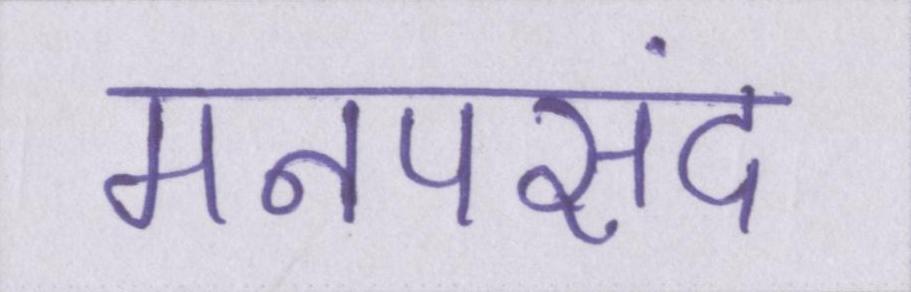
मनपसंद